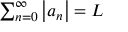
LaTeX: \textstyle \sum _ { n = 0 } ^ { \infty } \left| a _ { n } \right| = L